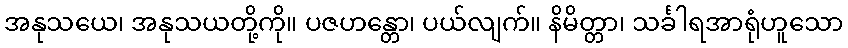
အနုသယေ၊ အနုသယတို့ကို။ ပဇဟန္တော၊ ပယ်လျက်။ နိမိတ္တာ၊ သင်္ခါရအာရုံဟူသော